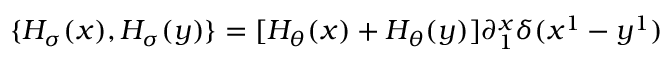
\{ { \cal H } _ { \sigma } ( x ) , { \cal H } _ { \sigma } ( y ) \} = [ { \cal H } _ { \theta } ( x ) + { \cal H } _ { \theta } ( y ) ] \partial _ { 1 } ^ { x } \delta ( x ^ { 1 } - y ^ { 1 } )